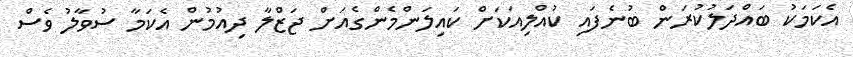
އެކަމަކު ބައްދަލުކުރަން ބުނެފައި ކުއްލިއަކަށް ކައިލަންމެންގެއަށް ޖަޒްލާ ދިއުމުން އެކަމާ ސުވާލު ވެސް